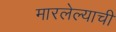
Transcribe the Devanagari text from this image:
मारलेल्याची